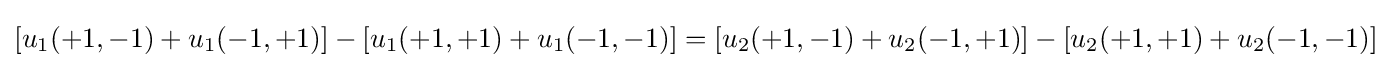
[u_{1}(+1,-1)+u_{1}(-1,+1)]-[u_{1}(+1,+1)+u_{1}(-1,-1)]=[u_{2}(+1,-1)+u_{2}(-1,+1)]-[u_{2}(+1,+1)+u_{2}(-1,-1)]